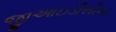
જીઆઇડીસીના